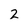
Character: 2